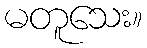
မတူသေး။